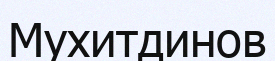
Мухитдинов